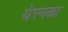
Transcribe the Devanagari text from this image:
येरमळा